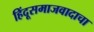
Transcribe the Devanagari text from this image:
हिंदूसमाजवादाचा